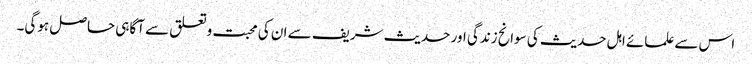
اس سے علمائے اہل حدیث کی سوانح زندگی اور حدیث شریف سے ان کی محبت وتعلق سے آگاہی حاصل ہوگی۔